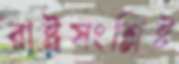
রাষ্ট্রসংশ্লিষ্ট